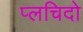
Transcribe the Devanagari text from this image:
प्लचिदो